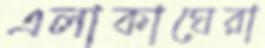
এলাকাঘেরা